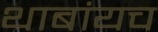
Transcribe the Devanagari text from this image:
थाबांयच